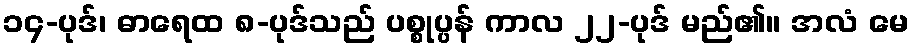
၁၄-ပုဒ်၊ ဓာရေထ ၈-ပုဒ်သည် ပစ္စုပ္ပန် ကာလ ၂၂-ပုဒ် မည်၏။ အလံ မေ